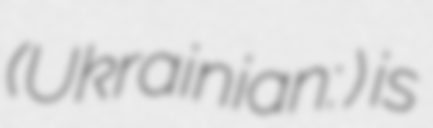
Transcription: (Ukrainian: Теплик) is